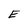
Character: E